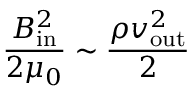
{ \frac { B _ { \mathrm { i n } } ^ { 2 } } { 2 \mu _ { 0 } } } \sim { \frac { \rho v _ { \mathrm { o u t } } ^ { 2 } } { 2 } }